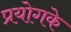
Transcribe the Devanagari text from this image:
प्रयोगके